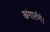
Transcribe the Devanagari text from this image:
खंगालेंगे।